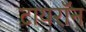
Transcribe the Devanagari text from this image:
टायराॅन